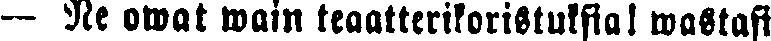
— Ne owat wain teaatterikoristuksia! wastasi